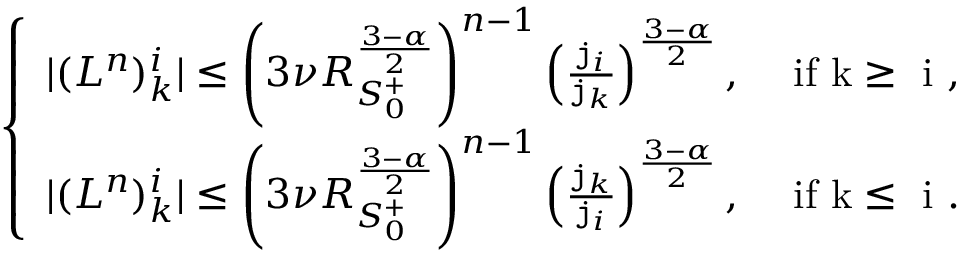
\begin{array} { r } { \left\{ \begin{array} { l l } { | ( { L } ^ { n } ) _ { k } ^ { i } | \le \left( 3 \nu R _ { S _ { 0 } ^ { + } } ^ { \frac { 3 - \alpha } { 2 } } \right) ^ { n - 1 } \left( \frac { \mathtt { j } _ { i } } { \mathtt { j } _ { k } } \right) ^ { \frac { 3 - \alpha } { 2 } } , } & { \mathrm { ~ i f ~ k \ge ~ i ~ } , } \\ { | ( { L } ^ { n } ) _ { k } ^ { i } | \le \left( 3 \nu R _ { S _ { 0 } ^ { + } } ^ { \frac { 3 - \alpha } { 2 } } \right) ^ { n - 1 } \left( \frac { \mathtt { j } _ { k } } { \mathtt { j } _ { i } } \right) ^ { \frac { 3 - \alpha } { 2 } } , } & { \mathrm { ~ i f ~ k \le ~ i ~ } . } \end{array} \right. } \end{array}